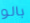
بالو